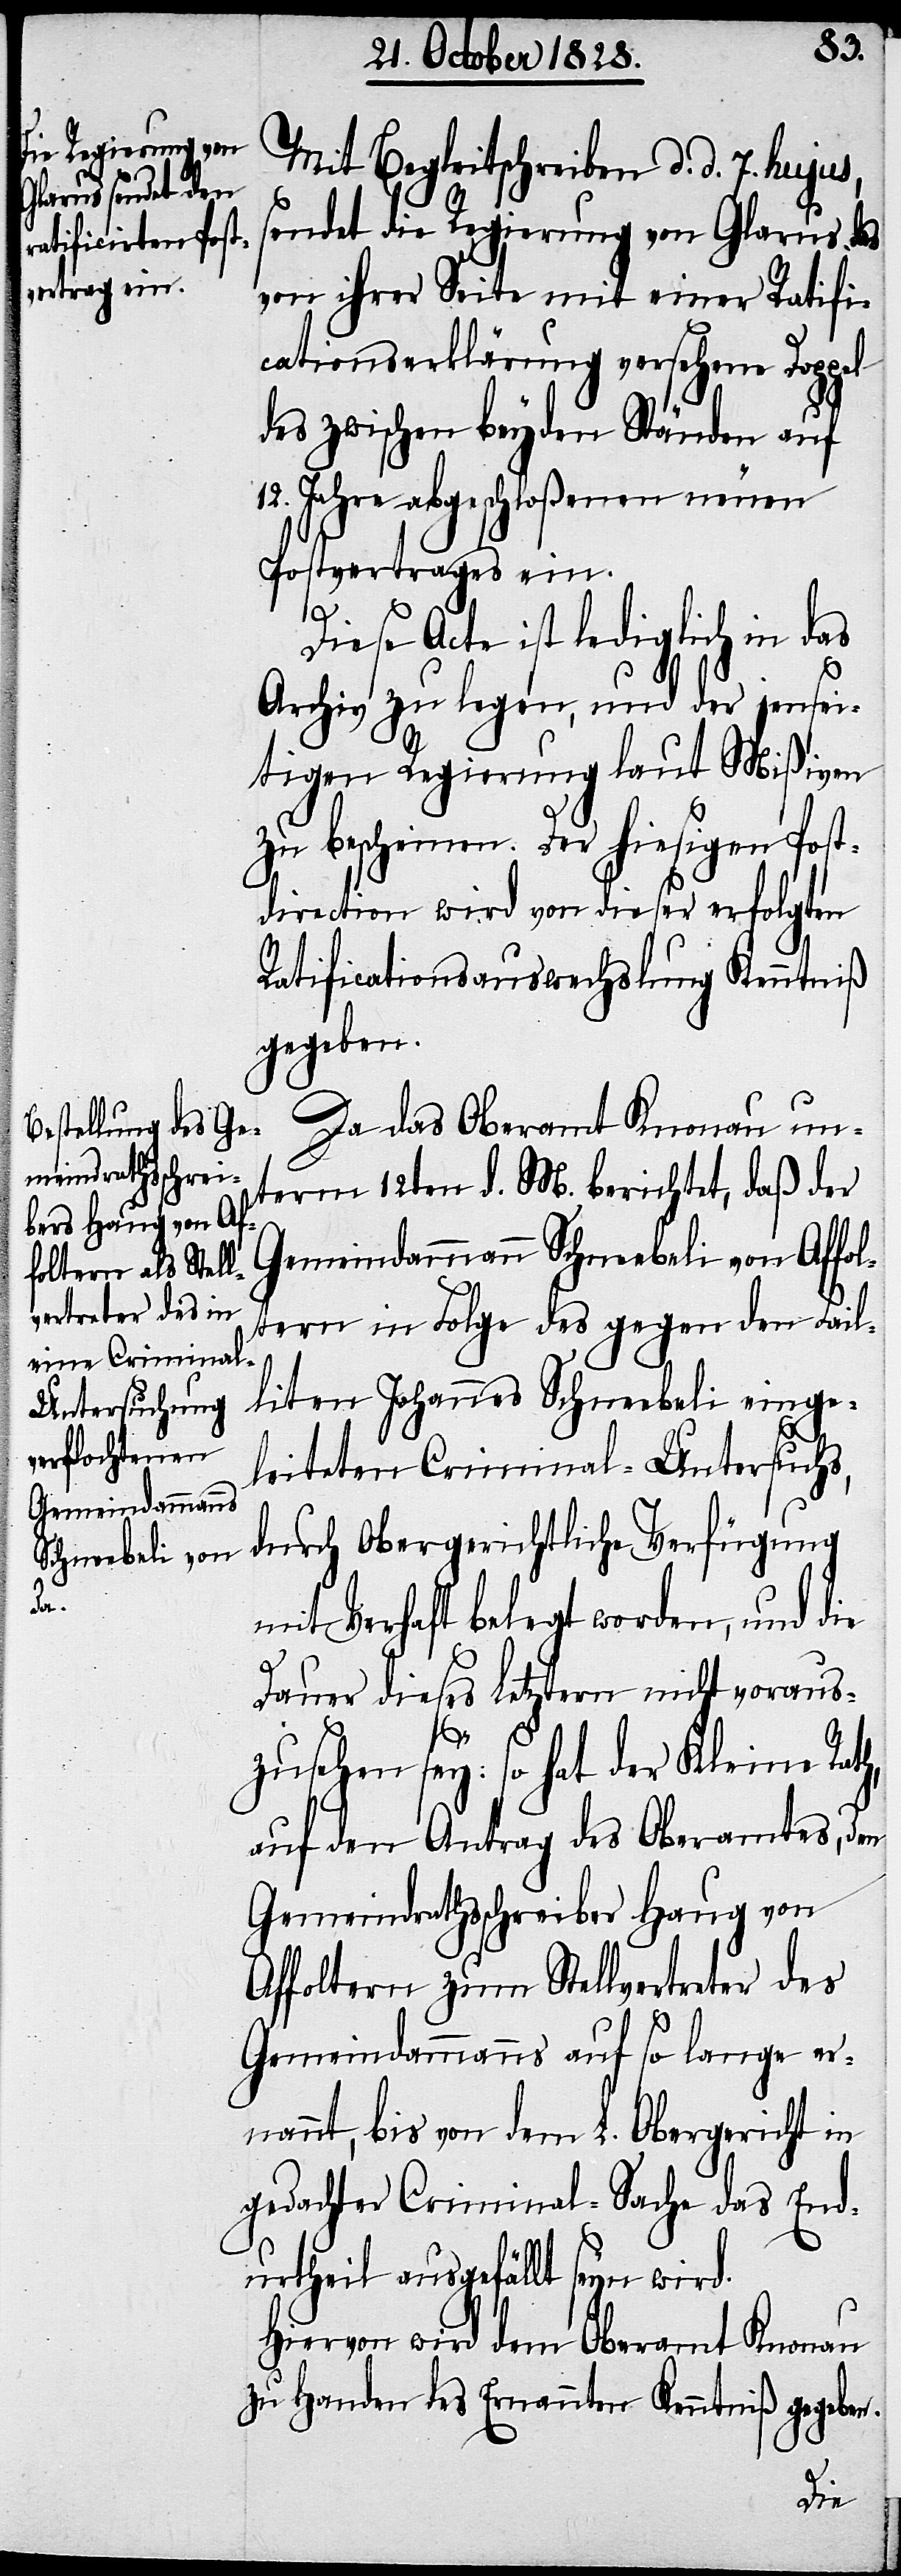
sendet die Regierung von Glarus das
von ihrer Seite mit einer Ratifi¬
cationserklärung versehene Doppel
des zwischen beyden Ständen auf
12. Jahre abgeschloßenen neuen
Postvertrages ein.
7.
Diese Acte ist lediglich in das
d.
Archiv zu legen, und der jensei¬
tigen Regierung laut Mißiven
zu bescheinen. Der hiesigen Post¬
direction wird von dieser erfolgten
Ratificationsauswechslung Kenntniß
gegeben.
Da das Oberamt Knonau un¬
term 12ten d. M. berichtet, daß der
Gemeindammann Schneebeli von Affol¬
tern in Folge des gegen den Fail¬
liten Johannes Schneebeli einge¬
leiteten Criminal-Untersuchs,
durch obergerichtliche Verfügung
mit Verhaft belegt worden, und die
Dauer dieses letztern nicht voraus¬
zusehen sey: so hat der Kleine Rath,
auf den Antrag des Oberamtes, den
Gemeindrathsschreiber Haug von
Affoltern zum Stellvertreter des
Gemeindammanns auf so lange er¬
nannt, bis von dem L. Obergericht in
gedachter Criminal-Sache das End¬
urtheil ausgefällt seyn wird.
Hiervon wird dem Oberamt Knonau
zu Handen des Ernannten Kenntniß gegeben.